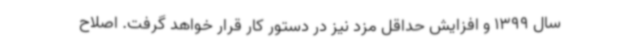
سال 1399 و افزایش حداقل مزد نیز در دستور کار قرار خواهد گرفت. اصلاح